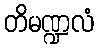
တိမဏ္ဍလံ